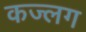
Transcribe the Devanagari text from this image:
कज्लग